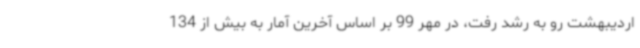
اردیبهشت رو به رشد رفت، در مهر 99 بر اساس آخرین آمار به بیش از 134